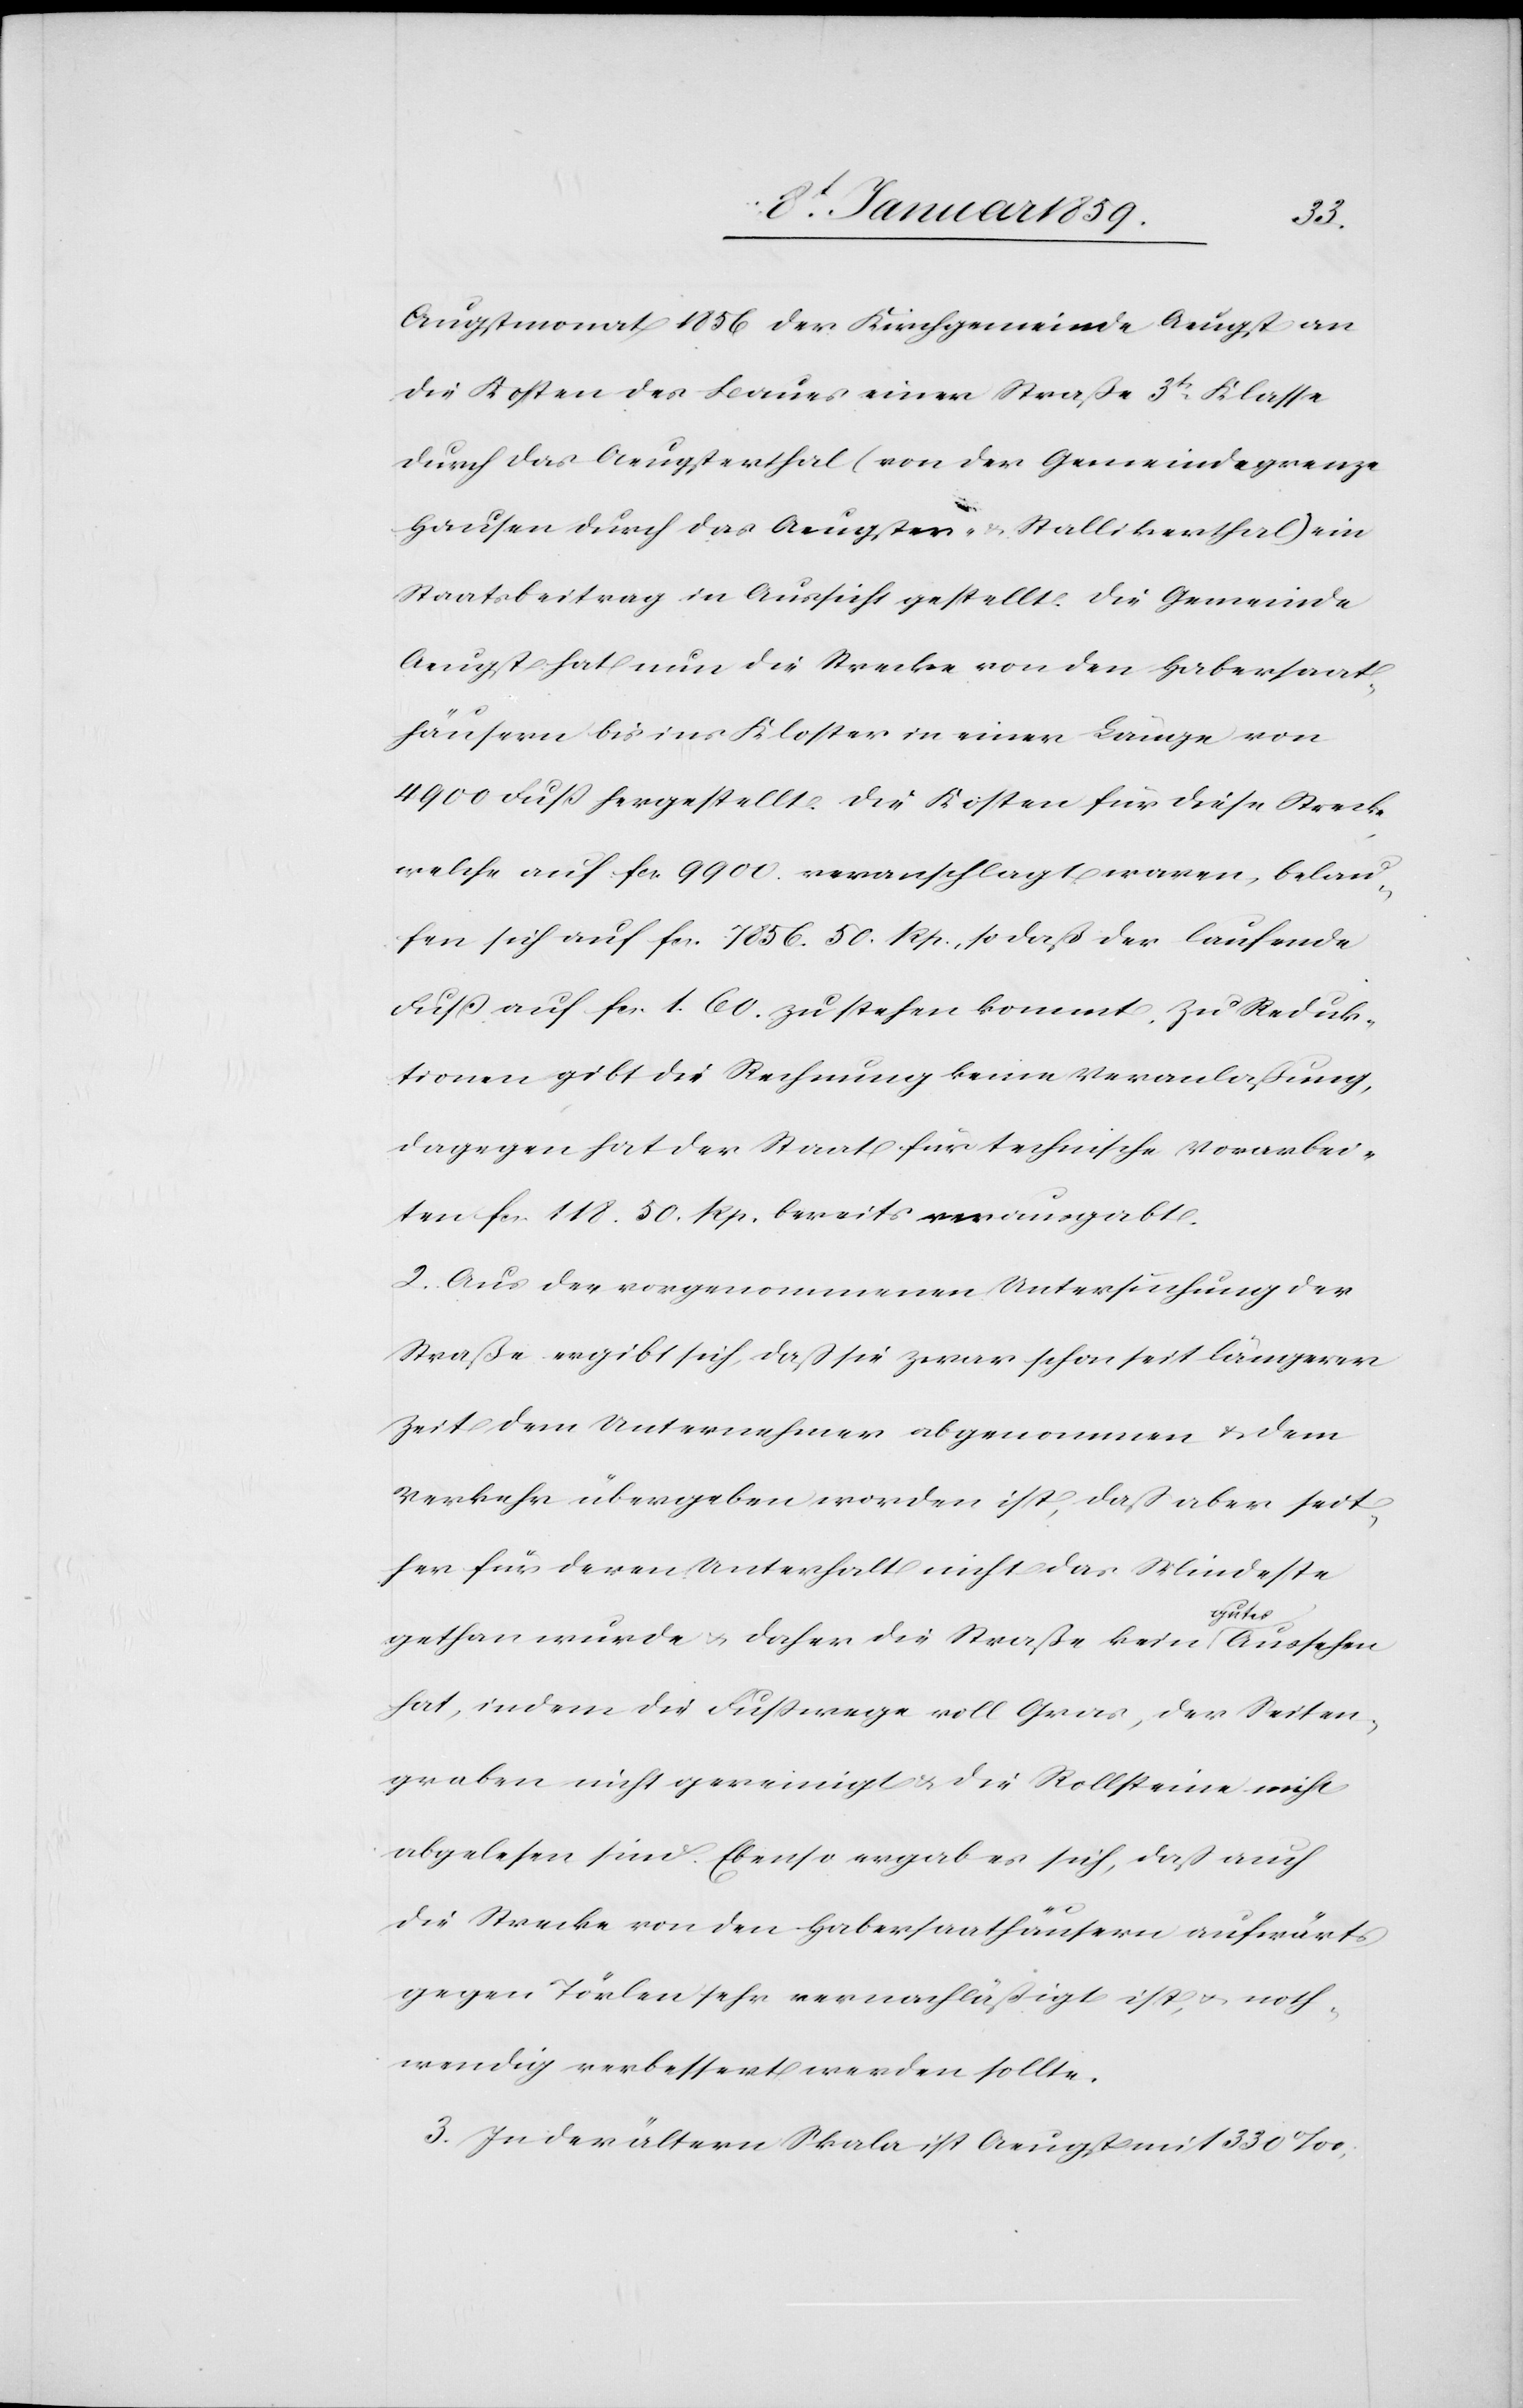
Augstmonat 1856 der Kirchgemeinde Aeugst an
die Kosten des Baues einer Straße 3tr. Klasse
durch das Aeugsterthal (von der Gemeindegrenze
Hausen durch das Aeugster- u. Stallikerthal) ein
Staatsbeitrag in Aussicht gestellt.Die Gemeinde
Aeugst hat nun die Strecke von den Habersaat¬
häusern bis ins Kloster in einer Länge von
4900 Fuẞ hergestellt. Die Kosten für diese Strecke
welche auf fcs. 9900. veranschlagt waren, belau¬
fen sich auf fcs. 7856. 50. Rp., so daß der laufende
Fuß auf fcs. 1.60. zu stehen kommt. Zu Reduk¬
tionen gibt die Rechnung keine Veranlaßung,
dagegen hat der Staat für technische Vorarbei¬
ten fcs. 118. 50. Rp. bereits verausgabt.
2. Aus der vorgenommenen Untersuchung der
Straße ergibt sich, daß sie zwar schon seit längerer
Zeit dem Unternehmen abgenommen u. dem
Verkehr übergeben worden ist, daß aber seit¬
her für deren Unterhalt nicht das Mindeste
gethan wurde u. daher die Straße kein gutes Aussehen
hat, indem die Fußwege voll Gras, der Seiten¬
graben nicht gereinigt u. die Rollsteine nicht
abgelesen sind. Ebenso ergab es sich, daß auf
die Strecke von den Habersaathausern aufwärts
gegen Törlen sehr vernachläßigt ist, u. noth¬
wendig verbessert werden sollte.
3. In der ältern Skala ist Aeugst mit 330‰,